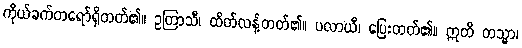
ကိုယ်ခက်တရော်ရှိတတ်၏။ ဥတြာသီ၊ ထိတ်လန့်တတ်၏။ ပလာယီ၊ ပြေးတတ်၏။ ဣတိ တသ္မာ၊